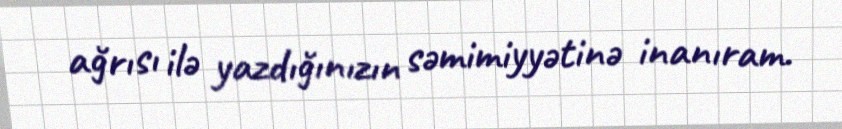
ağrısı ilə yazdığınızın səmimiyyətinə inanıram.